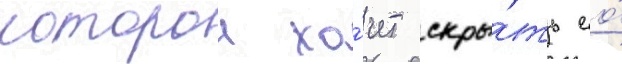
которои хо́чет скры́ть ео́